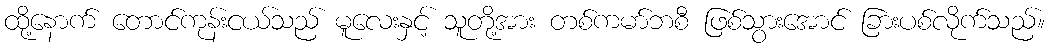
ထို့နောက် တောင်ကုန်းငယ်သည် မူလေးနှင့် သူတို့အား တစ်ကမာ်ဘစီ ဖြစ်သွားအောင် ခြားပစ်လိုက်သည်။